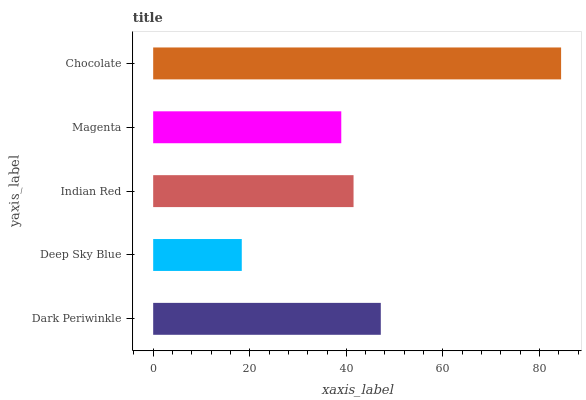
| yaxis_label | bars |
 | --- | --- |
 | Dark Periwinkle | 47.1 |
 | Deep Sky Blue | 18.3 |
 | Indian Red | 41.5 |
 | Magenta | 38.9 |
 | Chocolate | 84.5 |